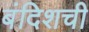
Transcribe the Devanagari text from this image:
बंदिशची